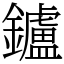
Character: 鑪